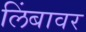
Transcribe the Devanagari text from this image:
लिंबावर